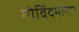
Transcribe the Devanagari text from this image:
गोविंदमारार